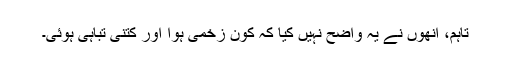
تاہم، انھوں نے یہ واضح نہیں کیا کہ کون زخمی ہوا اور کتنی تباہی ہوئی۔